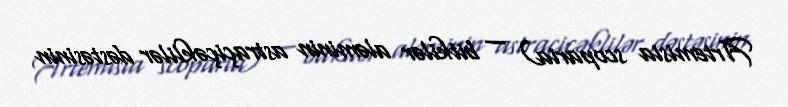
Artemisia scoparia) — bitkilər aləminin astraçiçəklilər dəstəsinin